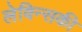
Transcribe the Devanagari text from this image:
लेविन्सकी